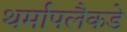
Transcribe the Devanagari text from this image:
थर्मापलैकडे